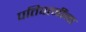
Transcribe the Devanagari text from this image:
पतिपत्‍नींना